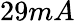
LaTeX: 29mA